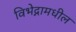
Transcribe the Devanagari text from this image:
विभेद्नामधील